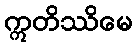
ဣတိဿိမေ